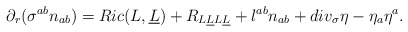
\begin{align*}\partial_r (\sigma^{ab} n_{ab}) = Ric(L,\underline L)+R_{L\underline LL\underline L}+ l^{ab} n_{ab} + div_{\sigma} \eta - \eta_a \eta^a. \end{align*}